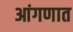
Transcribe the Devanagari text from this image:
आंगणात